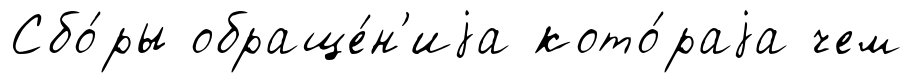
Сбо́ры обраще́н'иjа кото́раjа чем